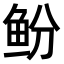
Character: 𫚍